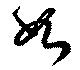
如